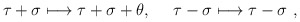
\begin{align*}\tau+\sigma \longmapsto \tau+\sigma+\theta, \ \quad \tau-\sigma \longmapsto\tau-\sigma \ ,\end{align*}